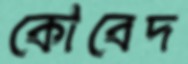
কোবেদ